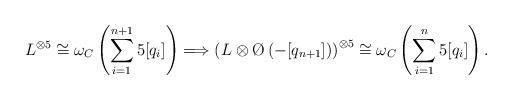
LaTeX: \begin{align*}L^{\otimes 5}\cong\omega_{C}\left(\sum_{i=1}^{n+1}5[q_i]\right)\Longrightarrow \left( L\otimes\O\left(-[q_{n+1}]\right)\right)^{\otimes 5}\cong \omega_{C}\left(\sum_{i=1}^{n}5[q_i]\right).\end{align*}